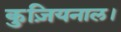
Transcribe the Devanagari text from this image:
कुज़ियनाल।